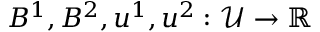
B ^ { 1 } , B ^ { 2 } , u ^ { 1 } , u ^ { 2 } : \mathcal { U } \to \mathbb { R }